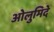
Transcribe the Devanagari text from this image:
ओलुमिदे